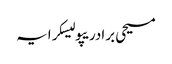
مسیحی برادریپولیسکرایہ